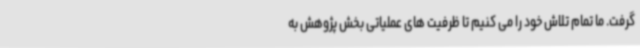
گرفت. ما تمام تلاش خود را می کنیم تا ظرفیت های عملیاتی بخش پژوهش به